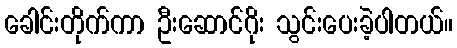
ခေါင်းတိုက်ကာ ဦးဆောင်ဂိုး သွင်းပေးခဲ့ပါတယ်။